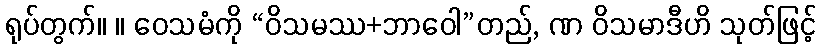
ရုပ်တွက်။ ။ ဝေသမံကို “ဝိသမဿ+ဘာဝေါ”တည်, ဏ ဝိသမာဒီဟိ သုတ်ဖြင့်